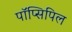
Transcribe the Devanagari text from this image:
पॉप्सिपिल